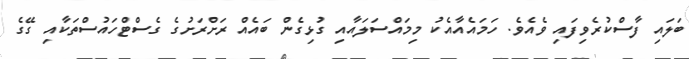
ބަލައި ފާސްކުރެވިފައި ވެއެވެ. ހަމައެއާއެކު މިމައްސަލައާއި ގުޅިގެން ބައެއް ރަށްރަށުގެ ގެސްޓްހައުސްތަކާއި ގޭގެ